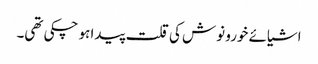
اشیائے خورو نوش کی قلت پیدا ہو چکی تھی۔